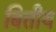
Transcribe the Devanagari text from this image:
बित्तीय